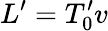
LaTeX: L^{\prime}=T_{0}^{\prime}v